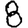
Digit: 8